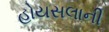
હોયસલાની